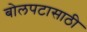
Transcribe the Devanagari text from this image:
बोलपटासाठी